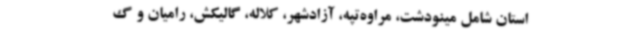
استان شامل مینودشت، مراوه‌تپه، آزادشهر، کلاله، گالیکش، رامیان و گ